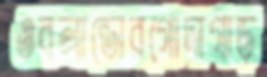
ওরলান্ডোরগোদাগাড়